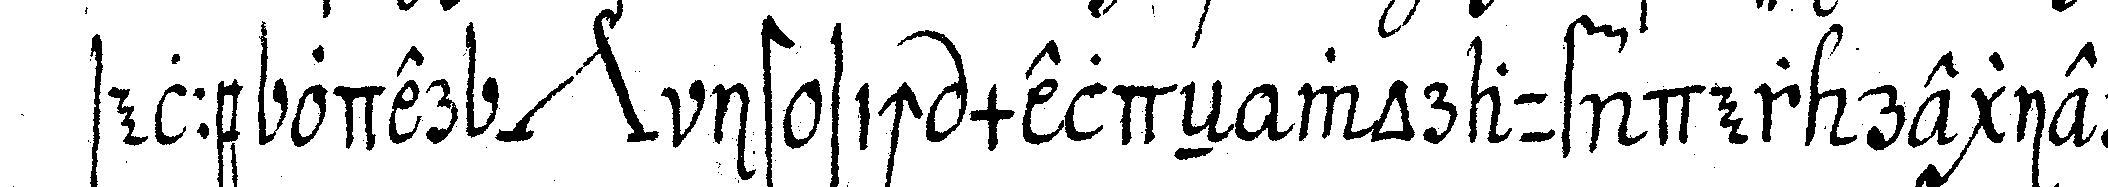
selle oder *nee* ist sich meldeN worauf der regiereN